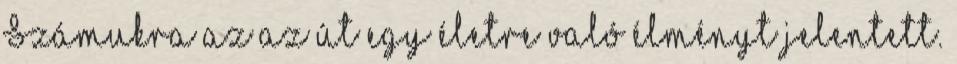
Számukra az az út egy életre való élményt jelentett.